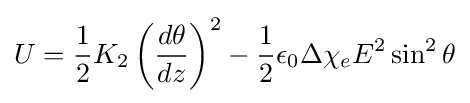
U={\frac {1}{2}}K_{2}\left({\frac {d\theta }{dz}}\right)^{2}-{\frac {1}{2}}\epsilon _{0}\Delta \chi _{e}E^{2}\sin ^{2}{\theta }